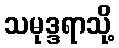
သမုဒ္ဒရာသို့